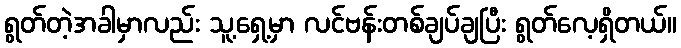
ရွတ်တဲ့အခါမှာလည်း သူ့ရှေ့မှာ လင်ဗန်းတစ်ချပ်ချပြီး ရွတ်လေ့ရှိတယ်။